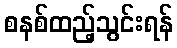
စနစ်ထည့်သွင်းရန်